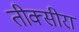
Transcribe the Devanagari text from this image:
तीक्सीरा